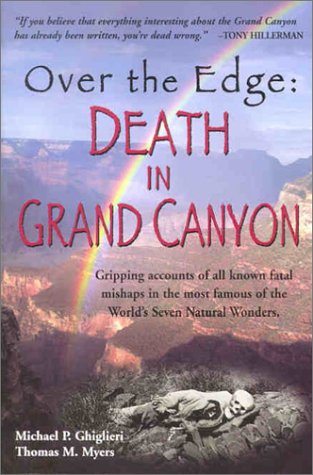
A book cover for Over the Edge:  Death in Grand Canyon; Michael P. Ghiglieri; Politics & Social Sciences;